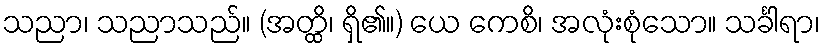
သညာ၊ သညာသည်။ (အတ္ထိ၊ ရှိ၏။) ယေ ကေစိ၊ အလုံးစုံသော။ သင်္ခါရာ၊